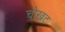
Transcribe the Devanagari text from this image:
चोखट